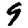
Digit: 9